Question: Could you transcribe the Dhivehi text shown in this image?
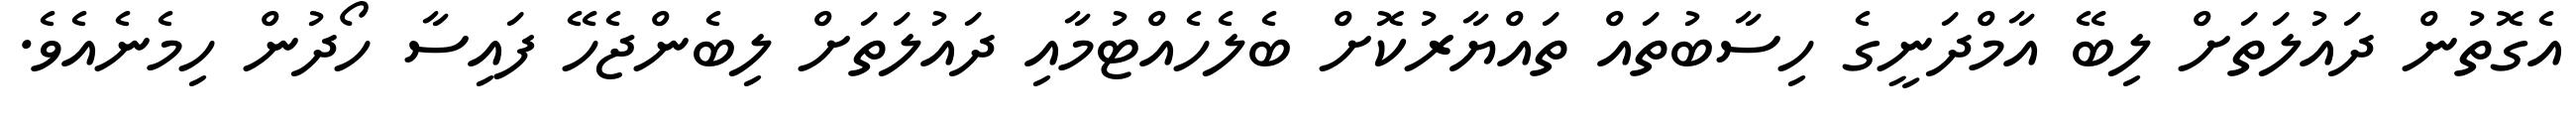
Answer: އެގޮތުން ދައުލަތަށް ލިބޭ އާމްދަނީގެ ހިސާބުތައް ތައްޔާރުކޮށް ބެލެހެއްޓުމާއި ދައުލަތަށް ލިބެންޖެހޭ ފައިސާ ހޯދުން ހިމެނެއެވެ.